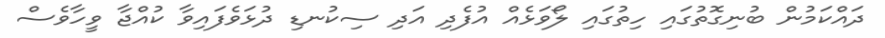
ދައްކަމުން ބުނިގޮތުގައި ހިތުގައި ލޯވަޅެއް އުފެދި އަދި ސިކުނޑި ދުޅަވެފައިވާ ކުއްޖާ ވީހާވެސް